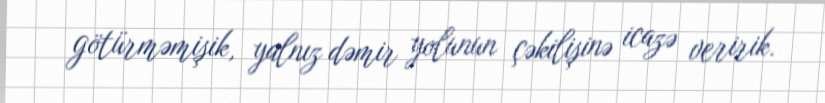
götürməmişik, yalnız dəmir yolunun çəkilişinə icazə veririk.